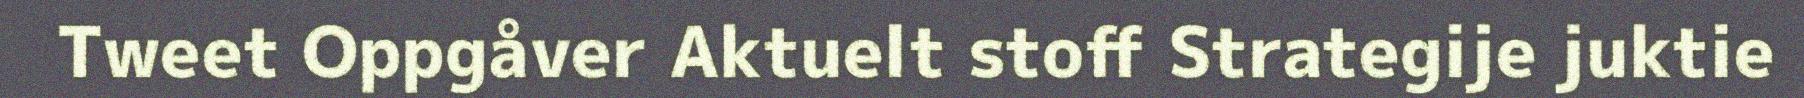
Tweet Oppgåver Aktuelt stoff Strategije juktie